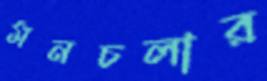
মনচলার